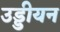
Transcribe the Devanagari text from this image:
उड्डीयन